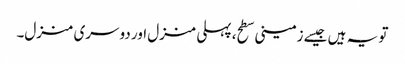
تو یہ ہیں جیسے زمینی سطح، پہلی منزل اور دوسری منزل۔